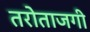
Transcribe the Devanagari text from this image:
तरोताजगी